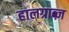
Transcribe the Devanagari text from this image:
हालग्राब्ज़